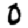
Digit: 0